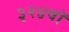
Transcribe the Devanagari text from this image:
३२४वॉ